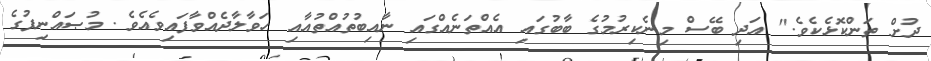
ދުށް ތަންކޮޅެކެވެ." އަދި ބޭސް މިނެކިރުމުގެ ބާބުގައި އެއްތަނެއްގައި ނާއިބުތުއްތުއާއި ހަވާލާދެއްވާފައިވެއެވެ. މުޞައްނިފުގެ